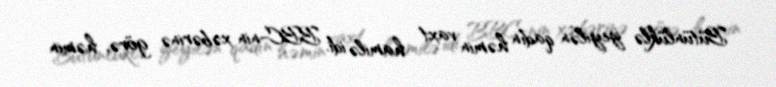
Bütünlüklə yeyilən qadın həmin vaxt hamilə idi. BBC-nin xəbərinə görə, həmin